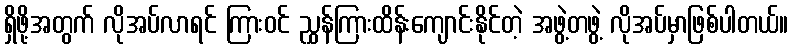
ရှိဖို့အတွက် လိုအပ်လာရင် ကြားဝင် ညွှန်ကြားထိန်းကျောင်းနိုင်တဲ့ အဖွဲ့တဖွဲ့ လိုအပ်မှာဖြစ်ပါတယ်။